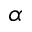
\alpha